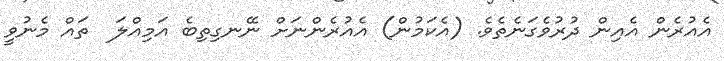
އެއުރެން އެއިން ދުރުވެގަނެތެވެ. (އެކަމުން) އެއުރެންނަށް ނޭނގިތިބެ އަމިއްލަ  ތައް މެނުވީ